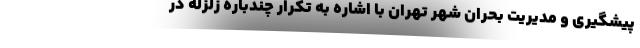
پیشگیری و مدیریت بحران شهر تهران با اشاره به تکرار چندباره زلزله در